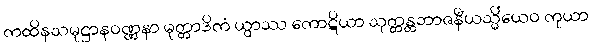
ကထိနသမုဋ္ဌာနဝဏ္ဏနာ မုတ္တာဒိကံ ယွာဿ ကောဋိယာ သုတ္တန္တဘာဇနီယသ္မိံယေဝ ကုယာ